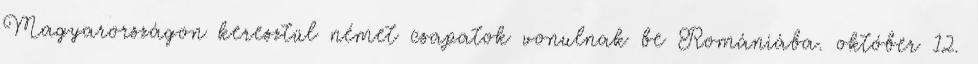
Magyarországon keresztül német csapatok vonulnak be Romániába. október 12.